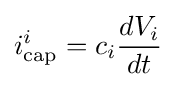
i_{\text{cap}}^{i}=c_{i}{\frac {dV_{i}}{dt}}